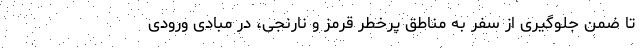
تا ضمن جلوگیری از سفر به مناطق پرخطرِ قرمز و نارنجی، در مبادی ورودی